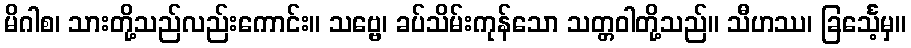
မိဂါစ၊ သားတို့သည်လည်းကောင်း။ သဗ္ဗေ၊ ခပ်သိမ်းကုန်သော သတ္တဝါတို့သည်။ သီဟဿ၊ ခြင်္သေ့မှ။